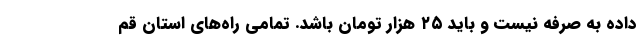
داده به صرفه نیست و باید ۲۵ هزار تومان باشد. تمامی راه‌های استان قم